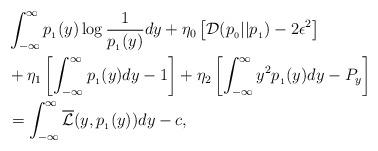
LaTeX: \begin{align*}&\int_{-\infty}^{\infty} p_{_1}(y) \log \frac{1}{p_{_1}(y)} dy + \eta_0 \left[\mathcal{D}(p_{_0}||p_{_1})-2\epsilon^2\right] \\&+ \eta_1 \left[\int_{-\infty}^{\infty} p_{_1}(y) dy -1\right] + \eta_2 \left[\int_{-\infty}^{\infty} y^2 p_{_1}(y) dy - P_y\right] \\& = \int_{-\infty}^{\infty} \overline{\mathcal{L}}(y, p_{_1}(y)) dy - c,\end{align*}